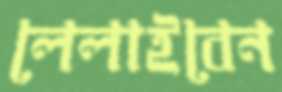
লেলাইবেন